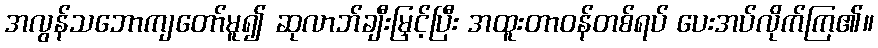
အလွန်သဘောကျတော်မူ၍ ဆုလာဘ်ချီးမြှင့်ပြီး အထူးတာဝန်တစ်ရပ် ပေးအပ်လိုက်ကြ၏။